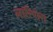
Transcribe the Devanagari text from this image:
लारिपोरा